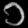
Digit: ၁